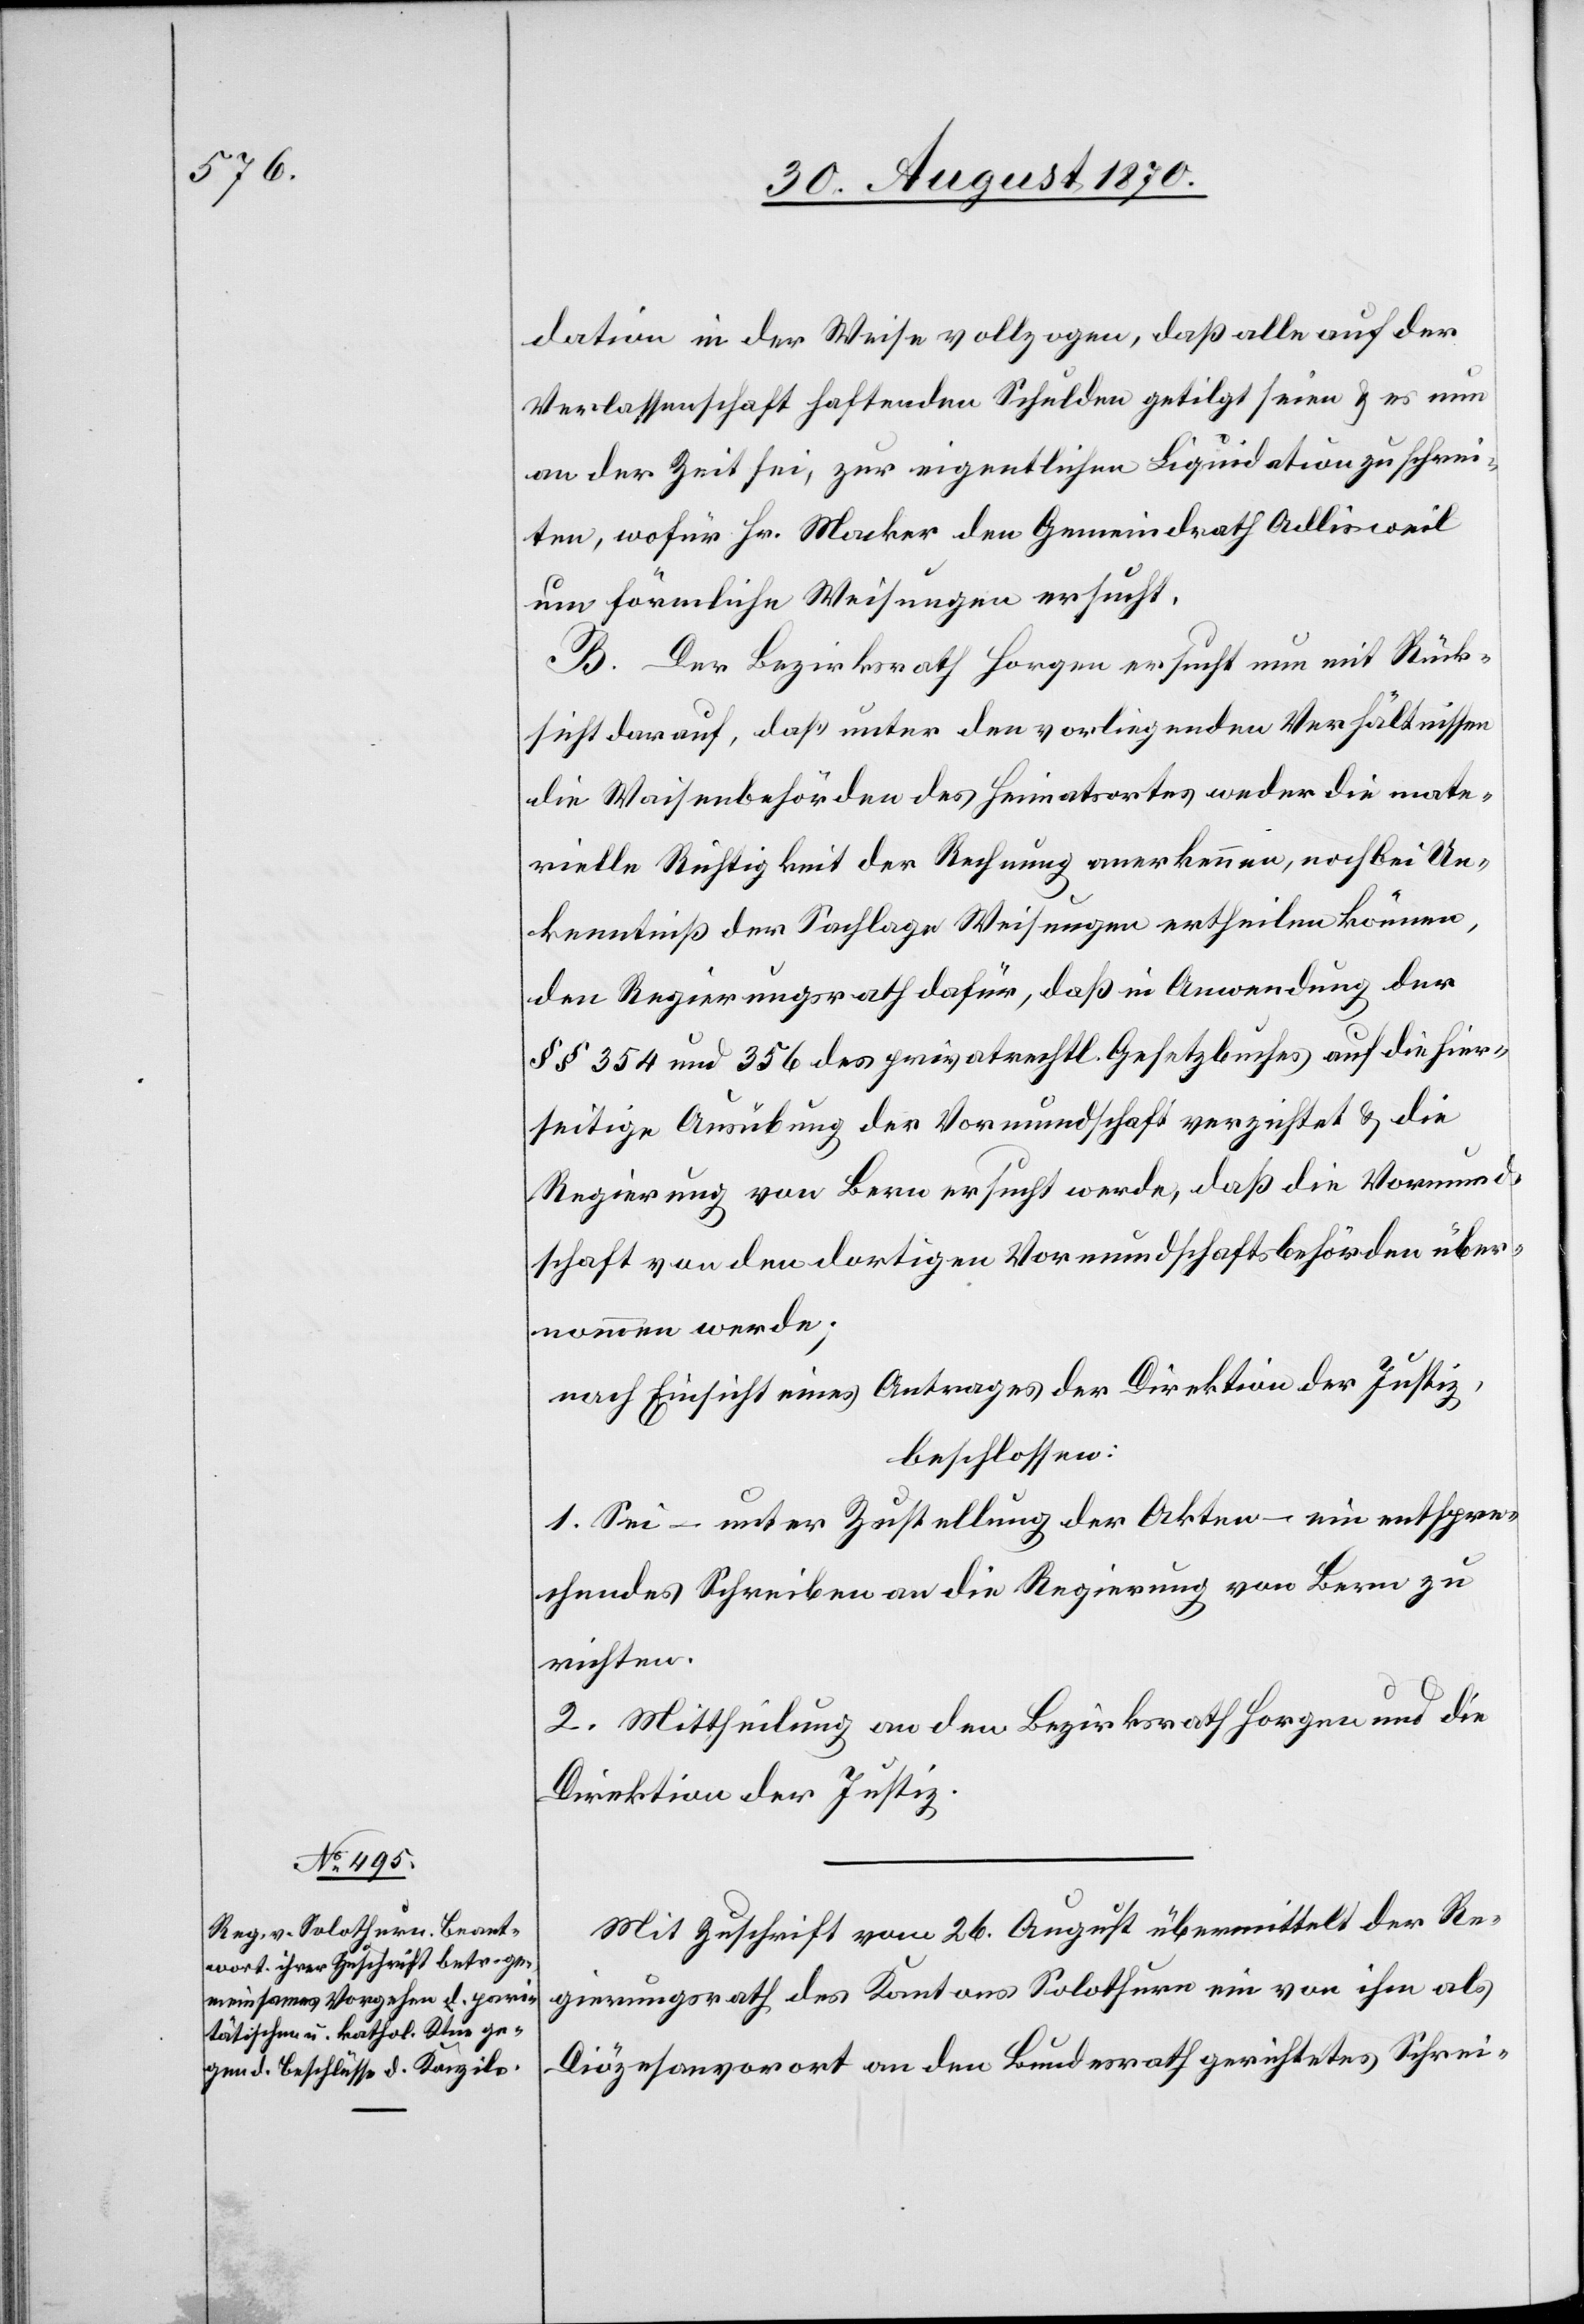
dation in der Weise vollzogen, daß alle auf der
Verlassenschaft haftenden Schulden getilgt seien & es nun
an der Zeit sei, zur eigentlichen Liquidation zu schrei¬
ten, wofür Hr. Mocker den Gemeindrath Adlisweil
um förmliche Weisungen ersucht.
B. Der Bezirksrath Horgen ersucht nun mit Rück¬
sicht darauf, daß unter den vorliegenden Verhältnissen
die Waisenbehörden des Heimatsortes weder die mate¬
rielle Richtigkeit der Rechnung anerkennen, noch bei Un¬
kenntniß der Sachlage Weisungen ertheilen können,
den Regierungsrath dafür, daß in Anwendung der
§§ 354 und 356 des privatrechtl. Gesetzbuches auf die hier¬
seitige Ausübung der Vormundschaft verzichtet & die
Regierung von Bern ersucht werde, daß die Vormund¬
schaft von den dortigen Vormundschaftsbehörden über¬
nommen werde;
nach Einsicht eines Antrages der Direktion der Justiz,
beschlossen:
1. Sei – unter Zustellung der Akten – ein entspre¬
chendes Schreiben an die Regierung von Bern zu
richten.
2. Mittheilung an den Bezirksrath Horgen und die
Direktion der Justiz.
Mit Zuschrift vom 26. August übermittelt der Re¬
gierungsrath des Kantons Solothurn ein von ihm als
Diözesanvorort an den Bundesrath gerichtetes Schrei-